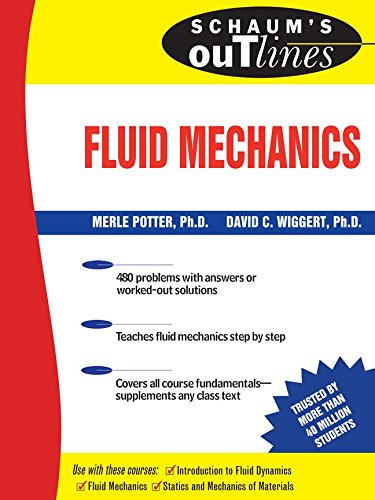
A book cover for Schaum's Outline of Fluid Mechanics (Schaum's Outlines); Merle Potter; Engineering & Transportation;